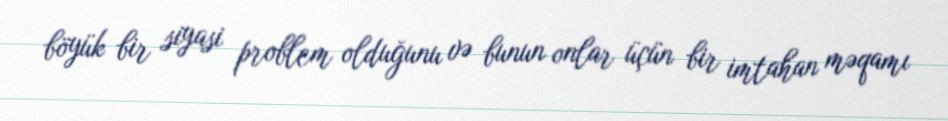
böyük bir siyasi problem olduğunu və bunun onlar üçün bir imtahan məqamı